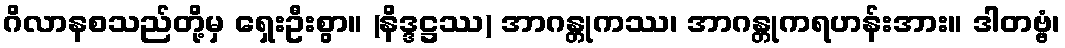
ဂိလာနစသည်တို့မှ ရှေးဦးစွာ။ (နိဒ္ဒဋ္ဌဿ) အာဂန္တုကဿ၊ အာဂန္တုကရဟန်းအား။ ဒါတဗ္ဗံ၊